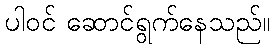
ပါဝင် ဆောင်ရွက်နေသည်။